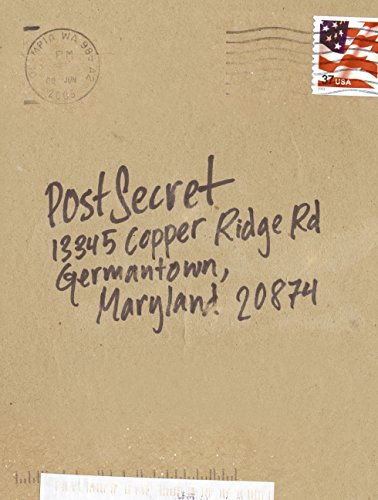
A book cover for PostSecret: Extraordinary Confessions from Ordinary Lives; Frank Warren; Humor & Entertainment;